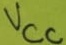
Text: VCC